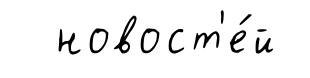
новост'е́й